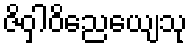
ဇိဝှါဝိညေယျေသု